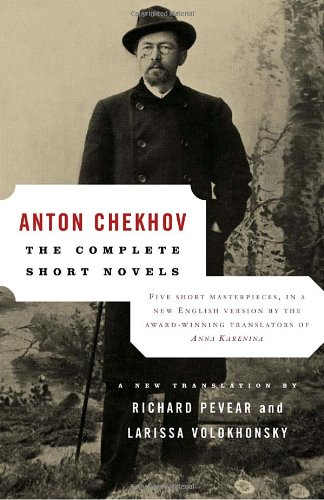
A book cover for The Complete Short Novels; Anton Chekhov; Literature & Fiction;